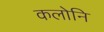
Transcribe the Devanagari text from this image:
कलोनि